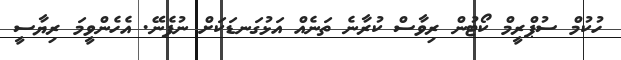
ހުކުމް ސުޕްރީމް ކޯޓުން ރިވާސް ކުރާނެ ތަނެއް އަޅުގަނޑަކަށް ނުފެނޭ. އެހެންވީމަ ރިޔާސީ